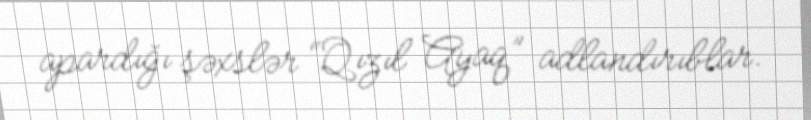
apardığı şəxslər “Qızıl Ayaq” adlandırıblar.